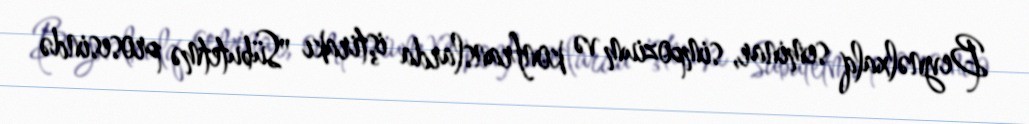
Beynəlxalq seminar, simpozium və konfranslarda iştirakı "Sübutetmə prosesində